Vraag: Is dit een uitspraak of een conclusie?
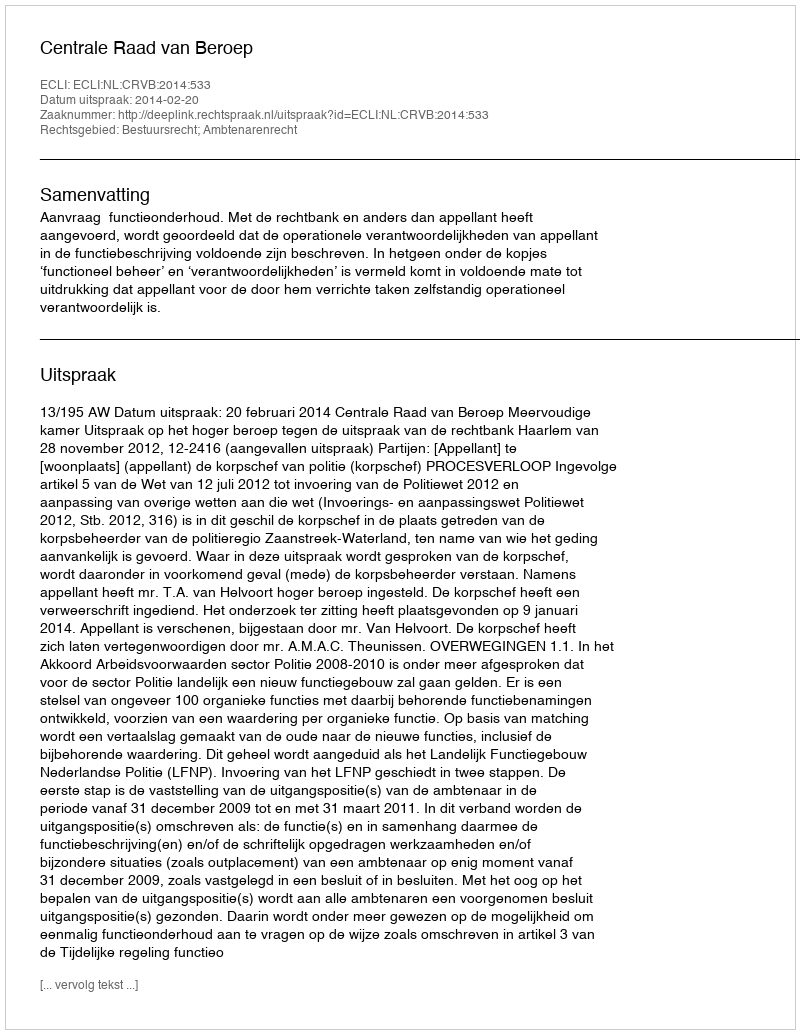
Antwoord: Uitspraak